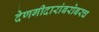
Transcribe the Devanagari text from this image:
देणगीदारांबरोबरच